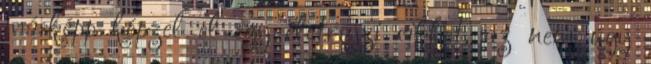
másképp képzel el egy életrajzi cikket, az nem úgy